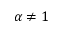
\alpha \neq 1